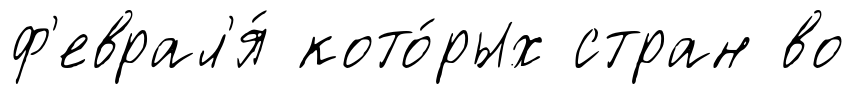
ф'еврал'я́ кото́рых стран во